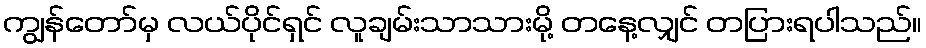
ကျွန်တော်မှ လယ်ပိုင်ရှင် လူချမ်းသာသားမို့ တနေ့လျှင် တပြားရပါသည်။